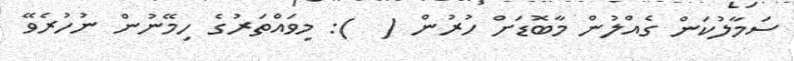
ސަމާލުކަން ގެއްލުން މާބޮޑަށް ހުރުން (  ): މިވައްތަރުގެ ހިމޭނުން ނުހުރެވޭ